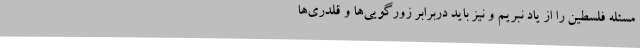
مسئله فلسطین را از یاد نبریم و نیز باید دربرابر زورگویی‌ها و قلدری‌ها